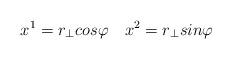
LaTeX: \begin{align*}x^1 =r_{\bot}cos\varphi\quad x^2=r_{\bot}sin\varphi \end{align*}